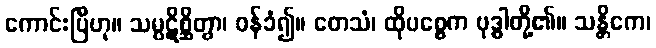
ကောင်းပြီဟု။ သမ္ပဋိစ္ဆိတွာ၊ ဝန်ခံ၍။ တေသံ၊ ထိုပစ္စေက ဗုဒ္ဓါတို့၏။ သန္တိကေ၊